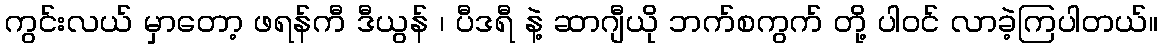
ကွင်းလယ် မှာတော့ ဖရန်ကီ ဒီယွန် ၊ ပီဒရီ နဲ့ ဆာဂျီယို ဘက်စကွက် တို့ ပါဝင် လာခဲ့ကြပါတယ်။